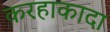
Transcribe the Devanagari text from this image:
करहाकादा